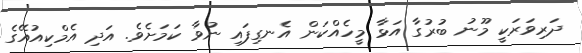
ދަރިވަރަކީ މޫނު ބުރުގާ އަޅާ މީހެއްކަން އެނގިފައި ނުވާ ކަމަށެވެ. އަދި އެމްކިއުއޭގެ